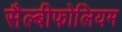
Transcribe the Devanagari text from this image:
सैल्बीफोलियम